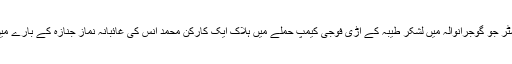
یہ پوسٹر جو گوجرانوالہ میں لشکر طیبہ کے اڑی فوجی کیمپ حملے میں ہلاک ایک کارکن محمد انس کی غائبانہ نماز جنازہ کے بارے میں ہے۔